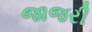
જાજરી